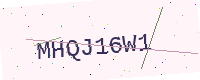
Text: MHQJ16W1